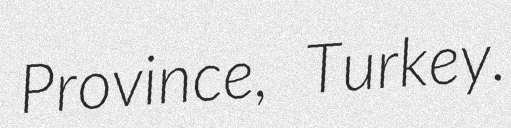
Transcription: Province, Turkey.